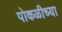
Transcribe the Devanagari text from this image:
पोकळीच्‍या